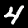
Digit: 4